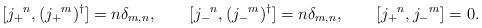
LaTeX: \begin{align*} [ j_+{}^n, (j_+{}^m)^\dagger ]= n \delta_{m,n}, \qquad [ j_-{}^n, ( j_-{}^m)^\dagger ]= n \delta_{m,n}, \qquad [ j_+{}^n, j_-{}^m ]=0.\end{align*}